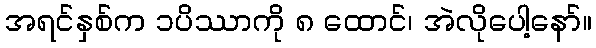
အရင်နှစ်က ၁ပိဿာကို ၈ ထောင်၊ အဲလိုပေါ့နော်။